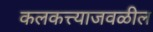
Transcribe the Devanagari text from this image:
कलकत्त्याजवळील